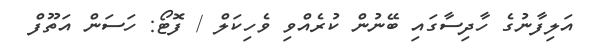
އަލިފާނުގެ ހާދިސާގައި ބޭނުން ކުރެއްވި ވެހިކަލް / ފޮޓޯ: ހަސަން އަތޫފް